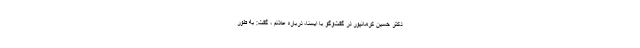
دکتر حسین کرمانپور در گفت‌وگو با ایسنا، درباره علائم ، گفت: به طور